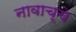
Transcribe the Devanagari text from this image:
नावाच्चे